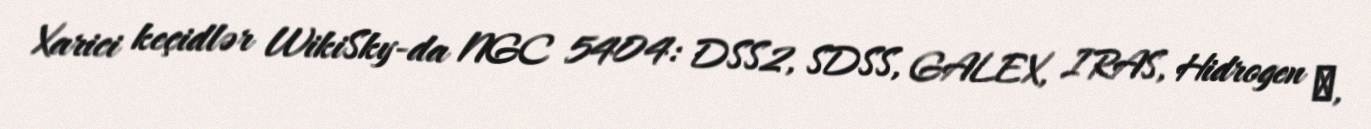
Xarici keçidlər WikiSky-da NGC 5404: DSS2, SDSS, GALEX, IRAS, Hidrogen α,